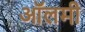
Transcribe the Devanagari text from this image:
ऑलमी